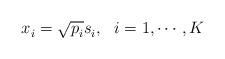
LaTeX: \begin{align*}x^{}_i = \sqrt{p^{}_i}s^{}_i, ~~ i =1,\cdots, K\end{align*}